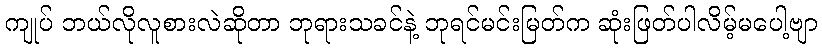
ကျုပ် ဘယ်လိုလူစားလဲဆိုတာ ဘုရားသခင်နဲ့ ဘုရင်မင်းမြတ်က ဆုံးဖြတ်ပါလိမ့်မပေါ့ဗျာ